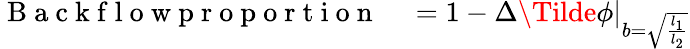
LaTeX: \begin{array}{rl}{\mathrm{~B~a~c~k~f~l~o~w~p~r~o~p~o~r~t~i~o~n~}}&{{}=1-\Delta\Tilde{\phi}|_{b=\sqrt{\frac{l_{1}}{l_{2}}}}}\end{array}